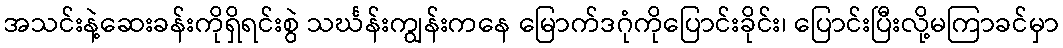
အသင်းနဲ့ဆေးခန်းကိုရှိရင်းစွဲ သင်္ဃန်းကျွန်းကနေ မြောက်ဒဂုံကိုပြောင်းခိုင်း၊ ပြောင်းပြီးလို့မကြာခင်မှာ